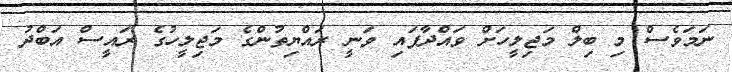
ނަމަވެސް މި ބިލް މަޖިލީހަށް ވައްދާފައި ވަނީ ރައްޔިތުންގެ މަޖިލީހުގެ ރައީސް އަބްދު